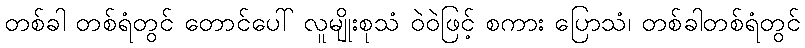
တစ်ခါ တစ်ရံတွင် တောင်ပေါ် လူမျိုးစုသံ ဝဲဝဲဖြင့် စကား ပြောသံ၊ တစ်ခါတစ်ရံတွင်